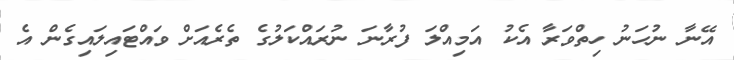
އޭނާ ނުހަނު ހިތްވަރާ އެކު އަމިއްލަ ފުރާނަ ނުރައްކަލުގެ ތެރެއަށް ވައްޓައިލައިގެން އެ